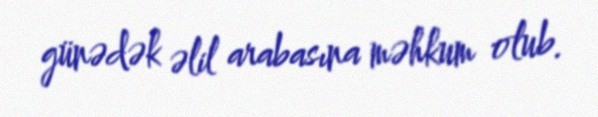
günədək əlil arabasına məhkum olub.